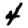
Digit: 4